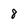
Character: 8